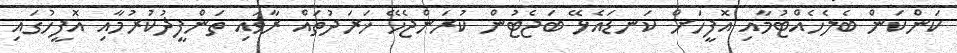
ކަންކަން ބެލެހެއްޓުމާއި އޮފީހަށް ކަނޑައެޅޭ ބަޖެޓުން ކުރަންޖެހޭ ޚަރަދުތައް ރާވައި ތަންފީޛުކުރުމާއި އޮފީހުގައި